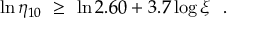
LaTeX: \ln \eta _ { 1 0 } \ \geq \ \ln 2 . 6 0 + 3 . 7 \log \xi \ \ .